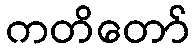
ကတိတော်